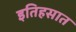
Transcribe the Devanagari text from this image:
इतिहसात